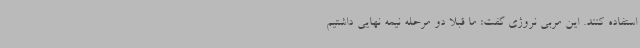
استفاده کنند. این مربی نروژی گفت: ما قبلاً دو مرحله نیمه نهایی داشتیم